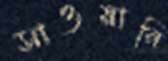
সাওয়ানি